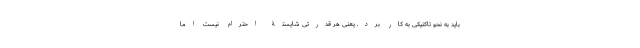
باید به نحو تاکتیکی به کار برد. یعنی هر قدرتی شایستۀ احترام نیست اما